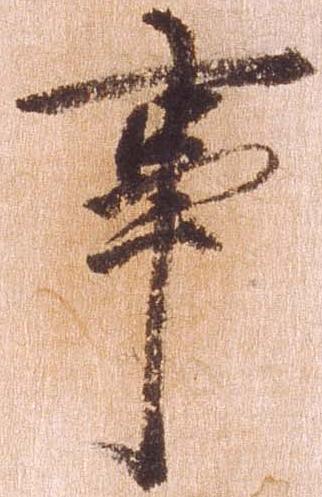
事